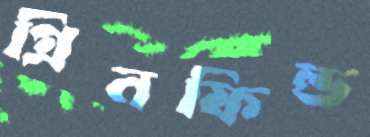
গ্রিনফিল্ড